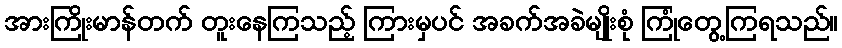
အားကြိုးမာန်တက် တူးနေကြသည့် ကြားမှပင် အခက်အခဲမျိုးစုံ ကြုံတွေ့ကြရသည်။